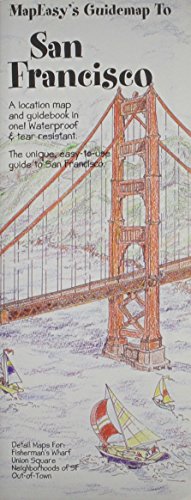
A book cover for MapEasy's Guidemap to San Francisco; MapEasy; Travel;